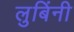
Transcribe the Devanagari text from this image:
लुबिंनी